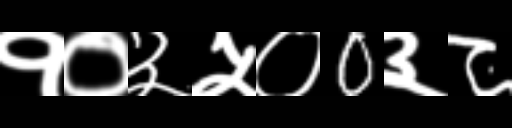
Text: १०३५०0३८